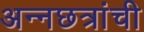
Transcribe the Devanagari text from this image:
अन्नछत्रांची